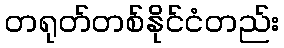
တရုတ်တစ်နိုင်ငံတည်း